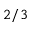
2 / 3